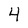
Character: 4